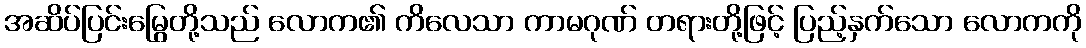
အဆိပ်ပြင်းမြွေတို့သည် လောက၏ ကိလေသာ ကာမဂုဏ် တရားတို့ဖြင့် ပြည့်နှက်သော လောကကို